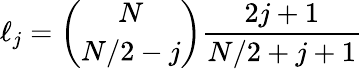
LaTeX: \ell_{j}=\binom{N}{N/2-j}\frac{2j+1}{N/2+j+1}